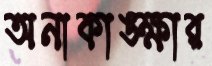
অনাকাঙ্ক্ষার